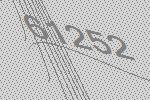
61252